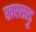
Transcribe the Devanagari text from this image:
खरसाड़ु